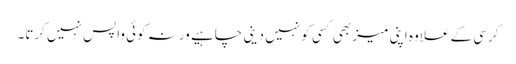
کرسی کے علاوہ اپنی میز بھی کسی کو نہیں دینی چاہیے ورنہ کوئی واپس نہیں کرتا۔